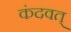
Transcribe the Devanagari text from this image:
कंदवत्‌